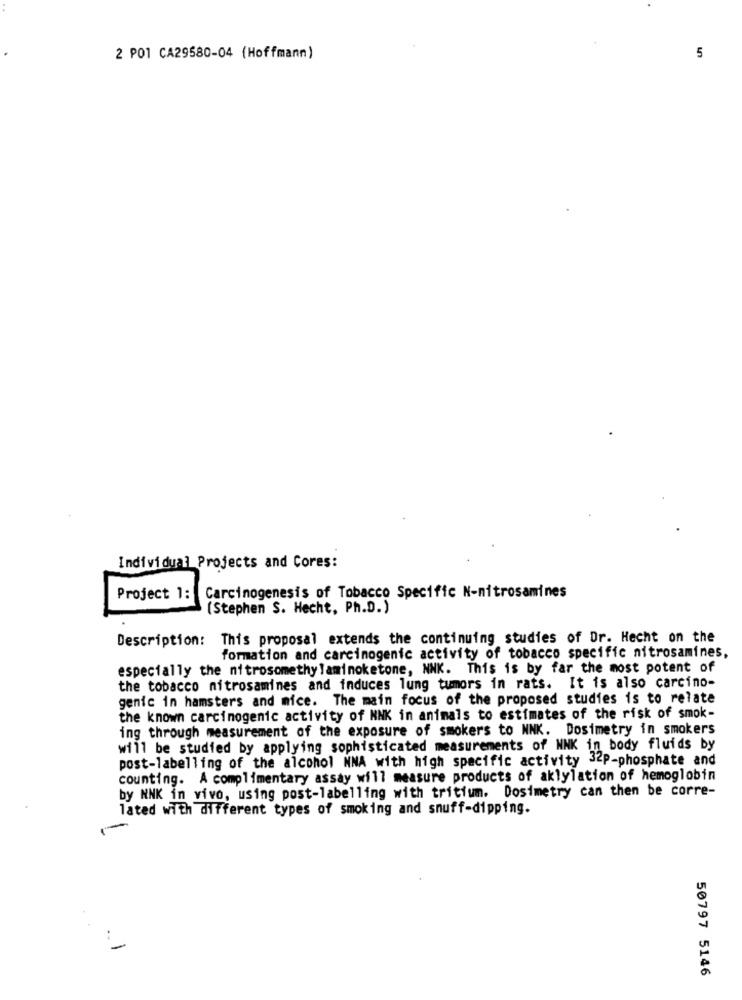
2 PO1 CA29580-04 (Hoffmann)
5
Individual Projects and Cores:
Project 1:
Carcinogenesis of Tobacco Specific N-nitrosamines
(Stephen S. Hecht, Ph.D.)
Description: This proposal extends the continuing studies of Dr. Hecht on the
formation and carcinogenic activity of tobacco specific nitrosamines,
especially the nitrosomethy laminoketone, NNK. This is by far the most potent of
the tobacco nitrosamines and induces lung tumors in rats. It is also carcino-
genic in hamsters and mice. The main focus of the proposed studies is to relate
the known carcinogenic activity of NNK in animals to estimates of the risk of smok-
ing through measurement of the exposure of smokers to NNK. Dosimetry in smokers
will be studied by applying sophisticated measurements of NNK in body fluids by
post-labelling of the alcohol NNA with high specific activity 32P-phosphate and
counting. A complimentary assay will measure products of aklylation of hemoglobin
by NNK in vivo, using post-labelling with tritium. Dosimetry can then be corre-
lated with different types of smoking and snuff-dipping.
50797 5146